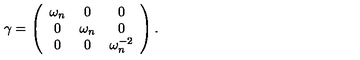
\gamma = \left( \begin{array} { c c c } { \omega _ { n } } & { 0 } & { 0 } \\ { 0 } & { \omega _ { n } } & { 0 } \\ { 0 } & { 0 } & { \omega _ { n } ^ { - 2 } } \\ \end{array} \right) .